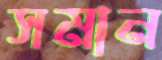
সমান